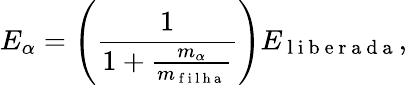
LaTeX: E_{\alpha}=\left(\frac{1}{1+\frac{m_{\alpha}}{m_{\mathrm{~f~i~l~h~a~}}}}\right)E_{\mathrm{~l~i~b~e~r~a~d~a~}},